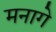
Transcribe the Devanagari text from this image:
मनागे